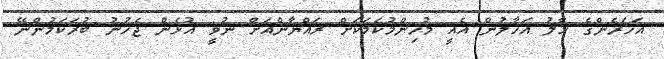
އަހަރެންގެ ހާލު އަހާލުން އެއީ މުހިންމުކަމަކަށް ރައްޔާންއަށް ނުވީ އުޅެން ޖެހުނު ބުރަކަމުންނޭ